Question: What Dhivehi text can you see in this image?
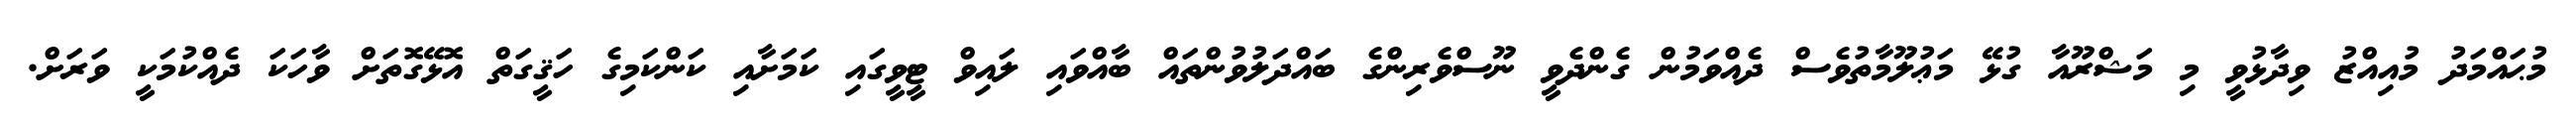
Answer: މުޙައްމަދު މުއިއްޒު ވިދާޅުވީ މި މަޝްރޫއާ ގުޅޭ މަޢުލޫމާތުވެސް ދެއްވަމުން ގެންދެވީ ނޫސްވެރިންގެ ބައްދަލުވުންތައް ބާއްވައި ލައިވް ޓީވީގައި ކަމަށާއި ކަންކަމިގެ ހަޤީގަތް އޮޅޭގޮތަށް ވާހަކަ ދެއްކުމަކީ ވަރަށް.